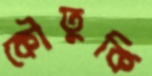
কৌতুকি